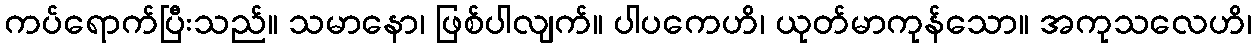
ကပ်ရောက်ပြီးသည်။ သမာနော၊ ဖြစ်ပါလျက်။ ပါပကေဟိ၊ ယုတ်မာကုန်သော။ အကုသလေဟိ၊